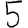
Digit: 5